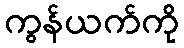
ကွန်ယက်ကို